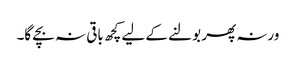
ورنہ پھر بولنے کے لیے کچھ باقی نہ بچے گا۔